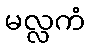
မလ္လကံ